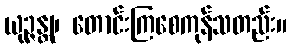
ယုဉ္ဇန္တု၊ တောင်းကြစေကုန်သတည်း။